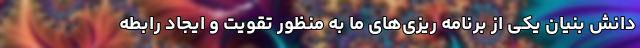
دانش بنیان یکی از برنامه ریزی‌های ما به منظور تقویت و ایجاد رابطه